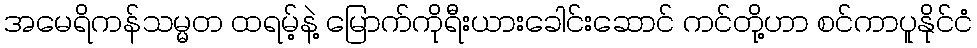
အမေရိကန်သမ္မတ ထရမ့်နဲ့ မြောက်ကိုရီးယားခေါင်းဆောင် ကင်တို့ဟာ စင်ကာပူနိုင်ငံ